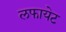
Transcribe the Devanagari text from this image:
लफायेट